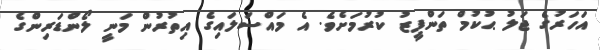
އަހަރުގެ ޖަލު ޙުކުމް ތަންފީޒު ކުރުމަށެވެ. އެ މައްސަލައިގެ އިތުރުން މަނީ ލޯންޑަރިންގެ